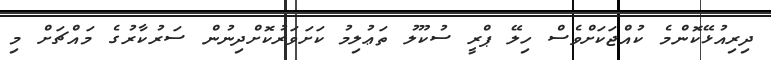
ދިރިއުޅޭކޮންމެ ކުއްޖަކަށްވެސް ހިލޭ ޕްރީ ސުކޫލު ތަޢުލިމު ކަށަވަރުކޮށްދިނުން ސަރުކާރުގެ މައްޗަށް މި